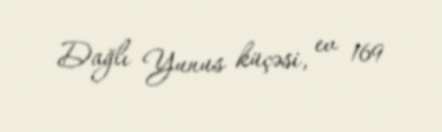
Dağlı Yunus küçəsi, ev 169